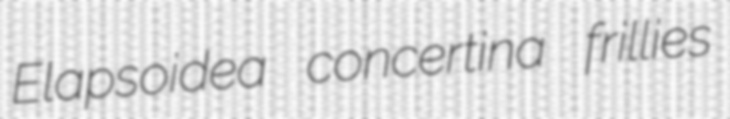
Elapsoidea concertina frillies